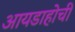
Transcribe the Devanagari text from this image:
आयडाहोची